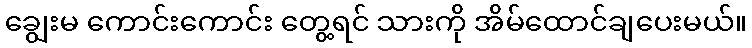
ချွေးမ ကောင်းကောင်း တွေ့ရင် သားကို အိမ်ထောင်ချပေးမယ်။